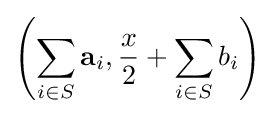
\left(\sum _{i\in S}\mathbf {a} _{i},{\frac {x}{2}}+\sum _{i\in S}b_{i}\right)